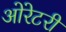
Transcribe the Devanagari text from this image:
ओरेटरी